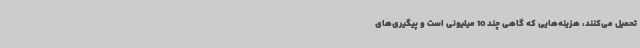
تحمیل می‌کنند،‌ هزینه‌هایی که گاهی چند 10 میلیونی است و پیگیری‌های